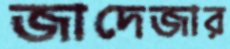
জাদেজার